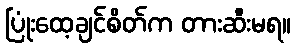
ပြုံးထေ့ချင်စိတ်က တားဆီးမရ။